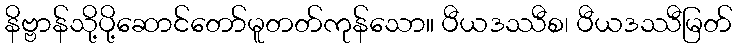
နိဗ္ဗာန်သို့ပို့ဆောင်တော်မူတတ်ကုန်သော။ ပီယဒဿီစ၊ ပီယဒဿီမြတ်